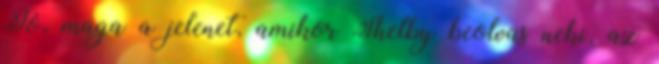
Jó, maga a jelenet, amikor Shelby beolvas neki, az